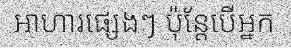
អាហារផ្សេងៗ ប៉ុន្តែបើអ្នក